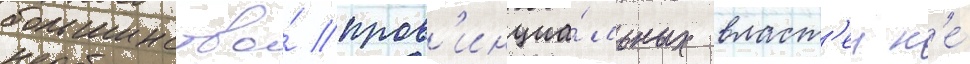
большинство́ пров'инциа́льных власт'еи н'е́